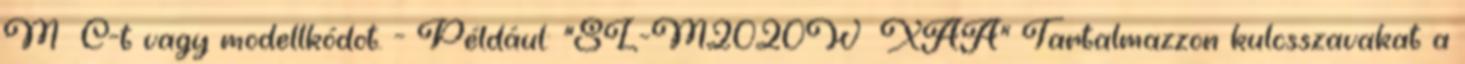
M C-t vagy modellkódot. - Például: “SL-M2020W XAA” Tartalmazzon kulcsszavakat a